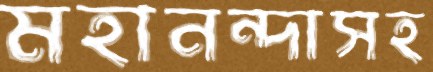
মহানন্দাসহ